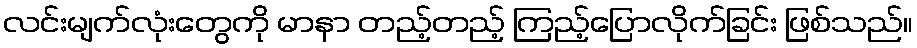
လင်းမျက်လုံးတွေကို မာနာ တည့်တည့် ကြည့်ပြောလိုက်ခြင်း ဖြစ်သည်။